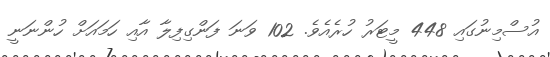
އުސްމިނުގައި 448 މީޓަރު ހުރެއެވެ. 102 ވަނަ ފަންގިފިލާ އާއި ހަމައަށް ހުންނަނީ